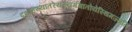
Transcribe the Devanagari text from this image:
दशाहस्यांतरेयस्यगंगातोयेस्थिमज्जति